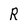
Character: R